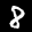
Label: 8